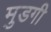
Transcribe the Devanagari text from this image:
मुडगी